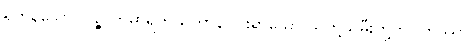
ရှိကုန်သော။ ပဉ္စ ကုမာရိကသတာနိ၊ ငါးရာသော သတို့သမီးတို့ကို။ တဿာ၊